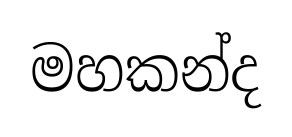
මහකන්ද